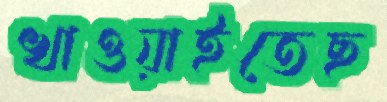
খাওয়াইতেছ